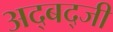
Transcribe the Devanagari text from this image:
अद्बद्जी